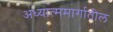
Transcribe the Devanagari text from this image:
अध्यात्ममार्गातील